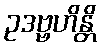
ဥဒဗ္ဗဟိန္တိ